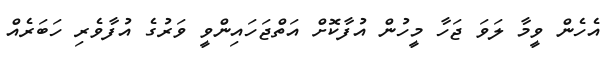
އެހެން ވީމާ ލަވަ ޖަހާ މީހުން އުފާކޮށް އަތްޖަހައިންވީ ވަރުގެ އުފާވެރި ހަބަރެއް